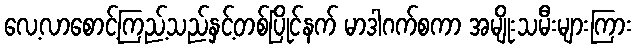
လေ့လာစောင့်ကြည့်သည်နှင့်တစ်ပြိုင်နက် မာဒါဂက်စကာ အမျိုးသမီးများကြား